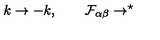
k \rightarrow - k , \qquad \mathcal { F } _ { \alpha \beta } \rightarrow ^ { \star }